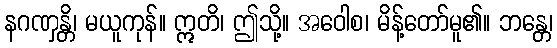
နဂဏှန္တိ၊ မယူကုန်။ ဣတိ၊ ဤသို့။ အဝေါစ၊ မိန့်တော်မူ၏။ ဘန္တေ၊